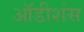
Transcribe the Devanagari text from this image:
ऑडीशंस